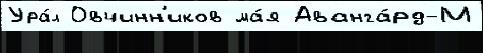
Ура́л Овчинн'иков ма́я Аванга́рд-М